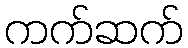
ကက်ဆက်